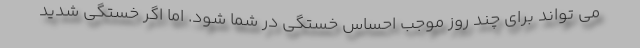
می تواند برای چند روز موجب احساس خستگی در شما شود. اما اگر خستگی شدید